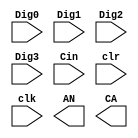
`timescale 1ns / 1ps


module SevsegDisplay(
      input [3:0] Dig0,
      input [3:0] Dig1,
      input [3:0] Dig2,
      input [3:0] Dig3,
      input Cin,
      input clr,
      input clk,
      output [3:0] AN,
      output [6:0] CA
    );
    
  //  Sevseg s0 (.DigA(Dig0), .DigB(Dig1), .DigC(Dig2), .DigD(Dig3), .Cin(Cin), .clr(clr), .clk(clk), .AN(AN), .CA(C
    
    
endmodule